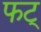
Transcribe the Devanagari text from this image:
फट्